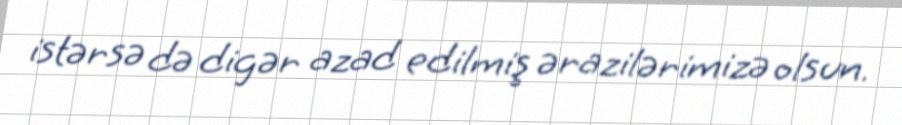
istərsə də digər azad edilmiş ərazilərimizə olsun.